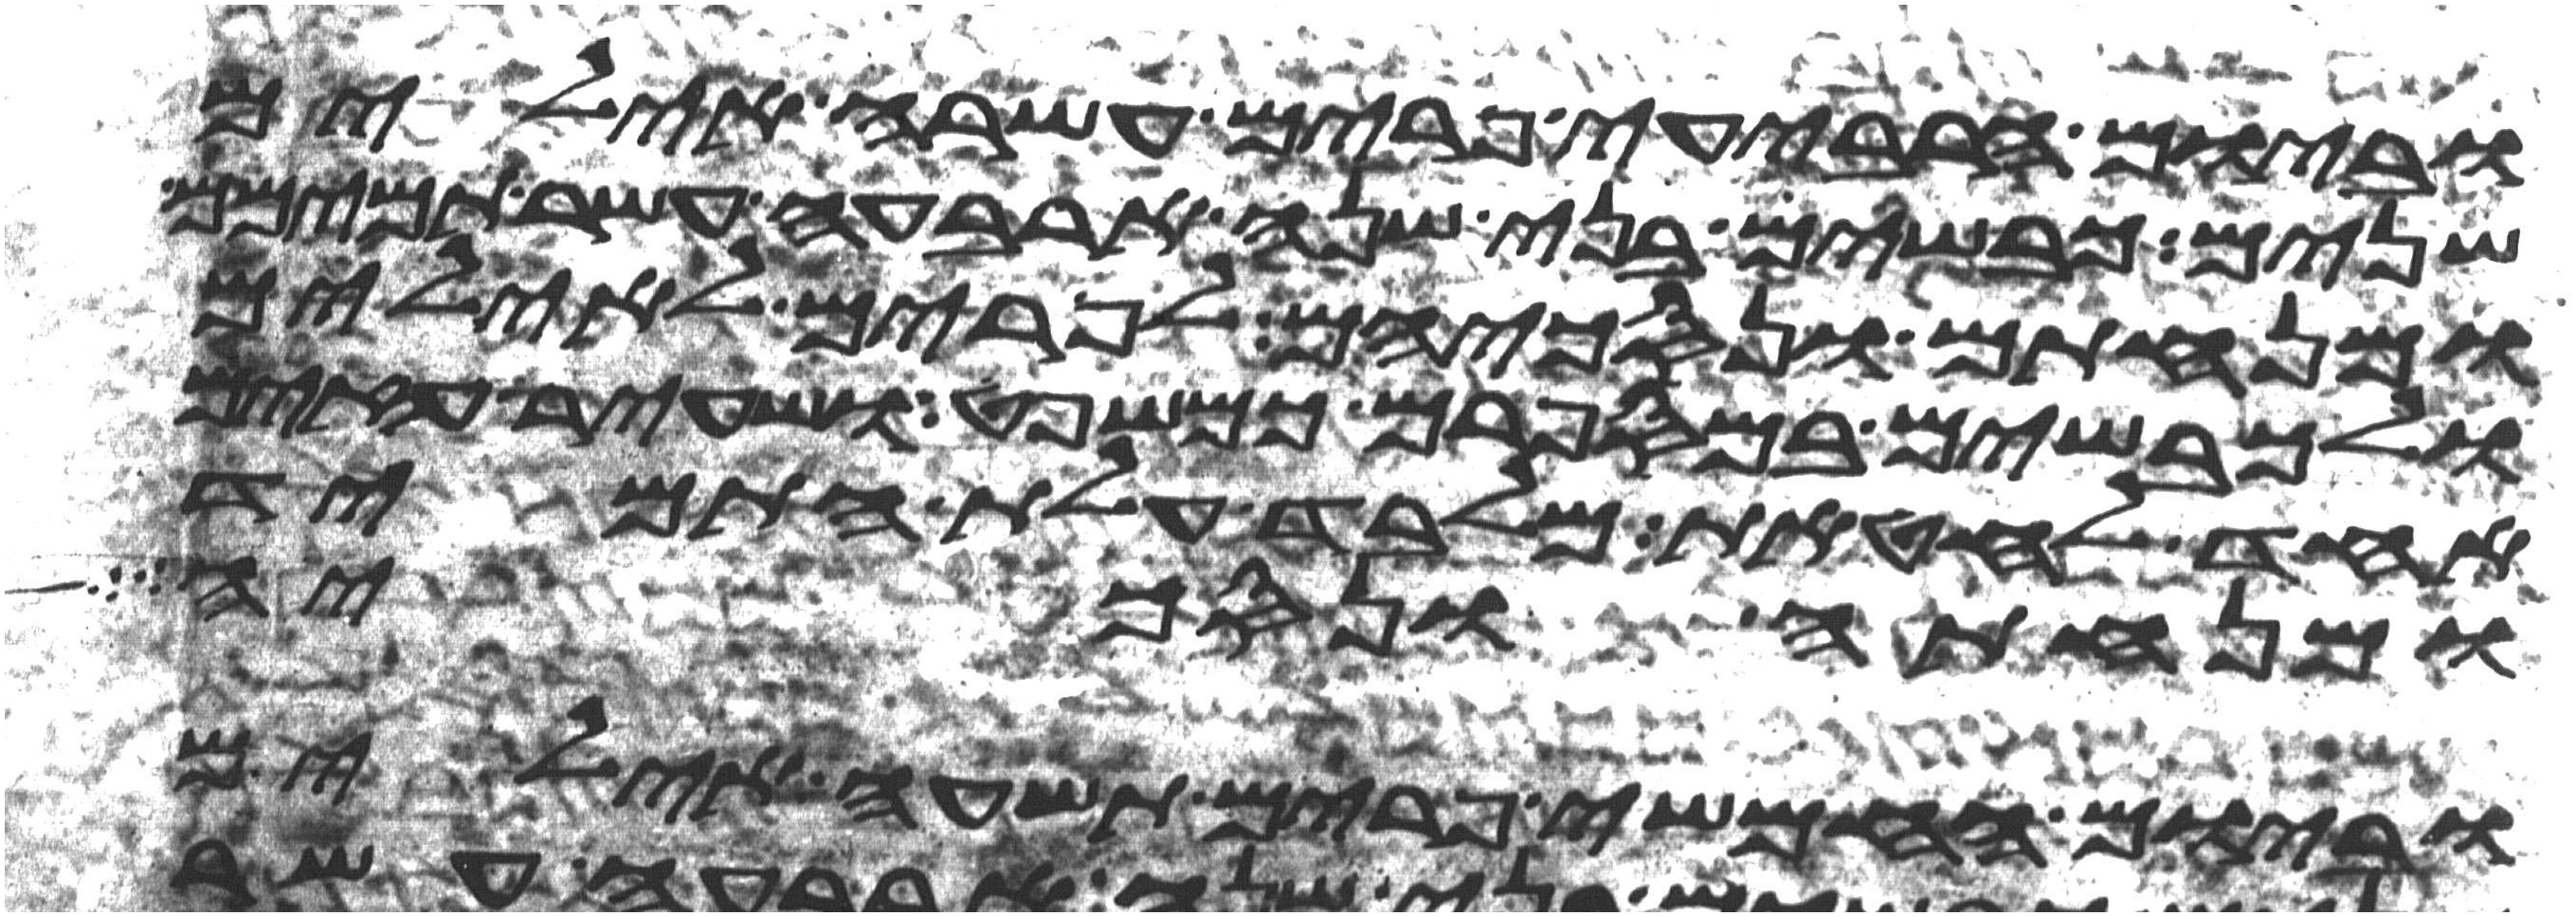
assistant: וביום הרביעי פרים עשרה אילים
שנים כבשים בני שנה ארבעה עשר תמימם
ומנחתם ונסכיהם לפרים לאילים
ולכבשים במספרם כמשפט ושעיר עזים
אחד לחטאת מלבד עלת התמיד
ומנחתה ונסכיה
וביום החמישי פרים תשעה אילים